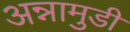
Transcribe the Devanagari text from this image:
अन्नामुडी